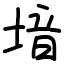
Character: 堷